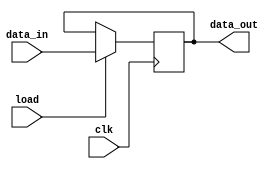
module PIPO(data_out,data_in,load,clk);
input [15:0] data_in;
input load,clk;
output [15:0] data_out;

always @(posedge clk)
 if(load) data_out<=data_in;

endmodule